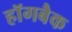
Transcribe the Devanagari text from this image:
हॉगबैक